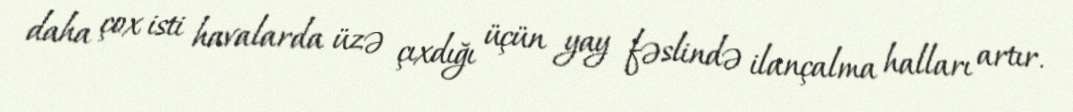
daha çox isti havalarda üzə çıxdığı üçün yay fəslində ilançalma halları artır.